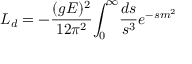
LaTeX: { \cal L } _ { d } = - { \frac { ( g E ) ^ { 2 } } { 1 2 \pi ^ { 2 } } } { \int _ { 0 } } ^ { \infty } { \frac { d s } { s ^ { 3 } } e ^ { - s m ^ { 2 } } }